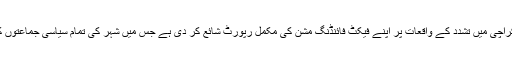
پاکستان کے انسانی حقوق کمیشن نے کراچی میں تشدد کے واقعات پر اپنے فیکٹ فائنڈنگ مشن کی مکمل رپورٹ شائع کر دی ہے جس میں شہر کی تمام سیاسی جماعتوں کو صورتحال کا ذمہ دار ٹہرایا گیا ہے۔